Report of an investigation in regard to the prevalence of stegomyia and other mosquitoes in Karachi, and the measures necessary for their control
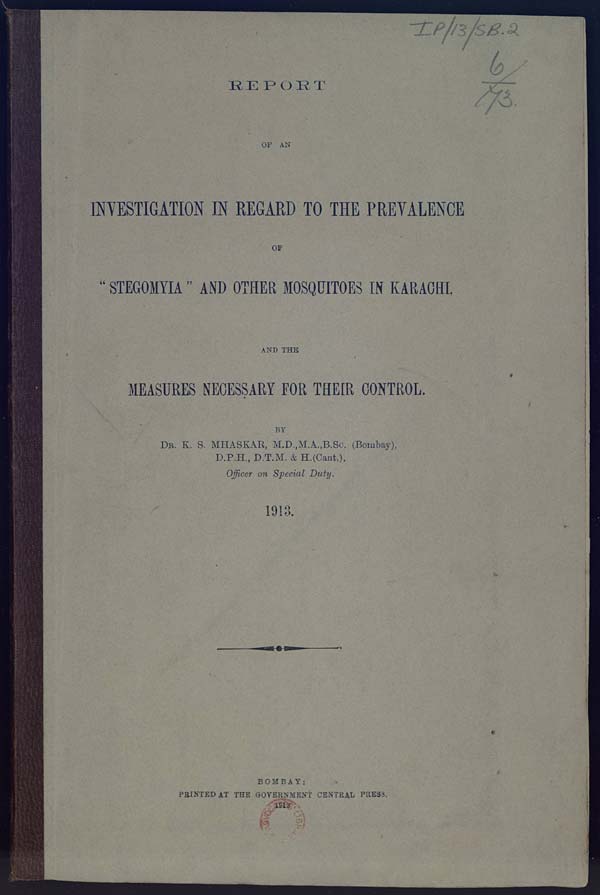
REPORT
OF AN
INVESTIGATION IN REGARD TO THE PREVALENCE
OF
"STEGOMYIA" AND OTHER MOSQUITOES IN KARACHI,
AND THE
MEASURES NECESSARY FOR THEIR CONTROL.
BY
DR. K. S. MHASKAR, M.D., M.A., B.Sc. (Bombay),
D.P.H., D.T.M. & H.(Cant.),
Officer on Special Duty.
1913.
BOMBAY:
PRINTED AT THE GOVERNMENT CENTRAL PRESS.